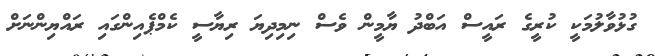
ގުޅުވާލުމަކީ ކުރީގެ ރައީސް އަބްދު ޔާމީން ވެސް ނިމިދިޔަ ރިޔާސީ ކެމްޕެއިންގައި ރައްޔިންނަށް